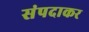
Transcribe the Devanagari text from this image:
संपदाकर